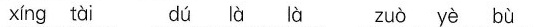
xing tai du la la zuo ye bu